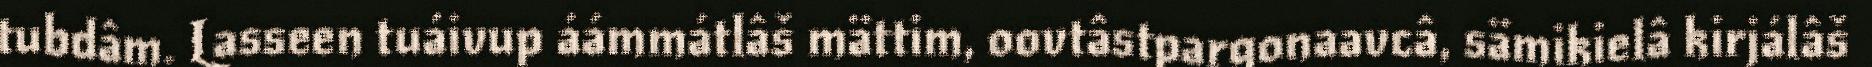
tubdâm. Lasseen tuáivup áámmátlâš mättim, oovtâstpargonaavcâ, sämikielâ kirjálâš